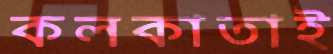
কলকাতাই